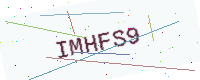
Text: IMHFS9